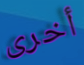
أخرى